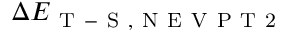
\Delta E _ { \mathrm { ~ T ~ - ~ S ~ , ~ N ~ E ~ V ~ P ~ T ~ 2 ~ } }